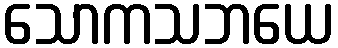
သောကသဘယေ